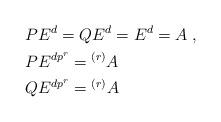
LaTeX: \begin{align*} & PE^d=QE^d=E^d=A\;,\\& PE^{dp^r}={^{(r)}}A \; \\& QE^{dp^r}={^{(r)}}A \;\end{align*}